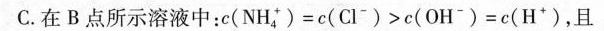
C.在B点所示溶液中：$$c ( N H _ { 4 } ^ { + } ) = c ( C l ^ { - } ) > c ( O H ^ { - } ) = c ( H ^ { + } )$$，且